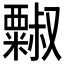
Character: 𱹥